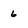
Character: 6